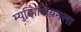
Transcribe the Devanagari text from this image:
म्युझिशियनला